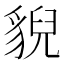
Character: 貎